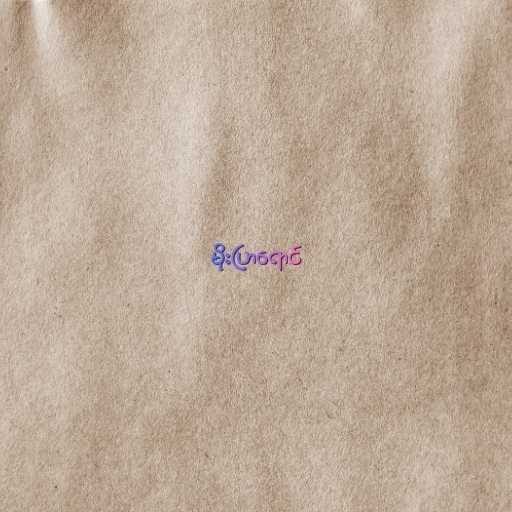
မိုးပြာရောင်